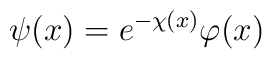
\psi(x) = e^{-\chi(x)} \varphi(x)